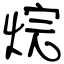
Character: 烷